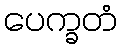
ပေက္ခတံ